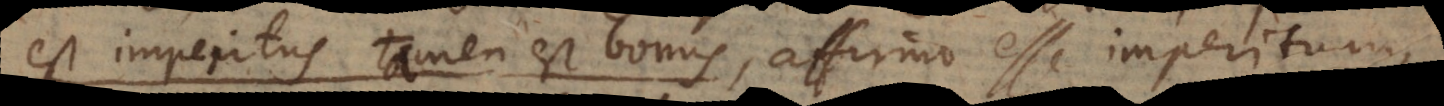
est imperitus tamen est bonus, affirmo esse imperitum,